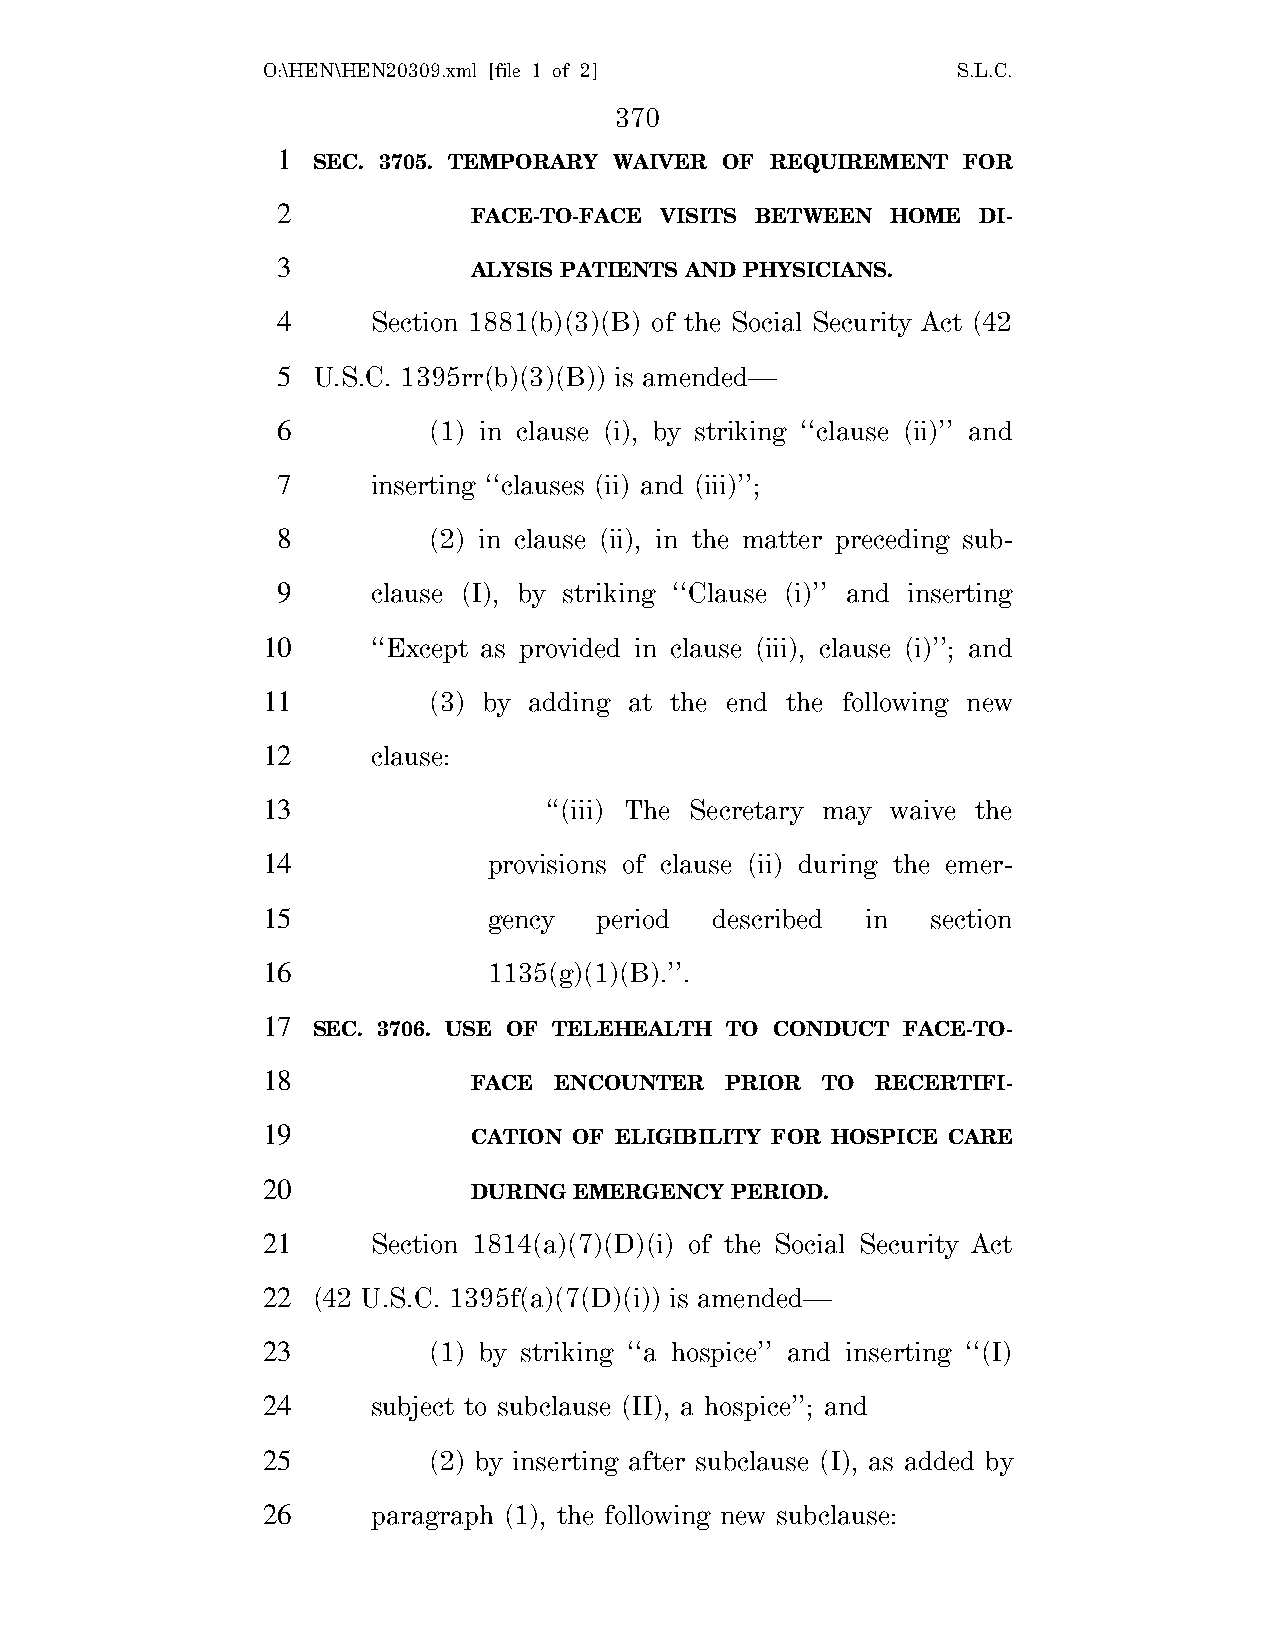
O:\HEN\HEN20309.xml [file 1 of 2]             S.L.C.
 370
 1
 SEC. 3705. TEMPORARY WAIVER OF REQUIREMENT FOR
 2
 FACE-TO-FACE VISITS BETWEEN HOME  DI-
 3
 ALYSIS PATIENTS AND PHYSICIANS.
 4      Section 1881(b)(3)(B) of the Social Security Act (42
 5  U.S.C. 1395rr(b)(3)(B)) is amended—
 6         (1) in clause (i), by striking ‘‘clause (ii)’’ and
 7      inserting ‘‘clauses (ii) and (iii)’’;
 8         (2) in clause (ii), in the matter preceding sub-
 9      clause (I), by striking ‘‘Clause (i)’’ and inserting
 10      ‘‘Except as provided in clause (iii), clause (i)’’; and
 11         (3) by adding at the end the following new
 12      clause:
 13                 ‘‘(iii) The Secretary may waive the
 14             provisions of clause (ii) during the emer-
 15             gency  period  described in   section
 16             1135(g)(1)(B).’’.
 17
 SEC. 3706. USE OF TELEHEALTH TO CONDUCT FACE-TO-
 18
 FACE  ENCOUNTER  PRIOR TO  RECERTIFI-
 19
 CATION OF ELIGIBILITY FOR HOSPICE CARE
 20
 DURING EMERGENCY PERIOD.
 21      Section 1814(a)(7)(D)(i) of the Social Security Act
 22  (42 U.S.C. 1395f(a)(7(D)(i)) is amended—
 23         (1) by striking ‘‘a hospice’’ and inserting ‘‘(I)
 24      subject to subclause (II), a hospice’’; and
 25         (2) by inserting after subclause (I), as added by
 26      paragraph (1), the following new subclause: